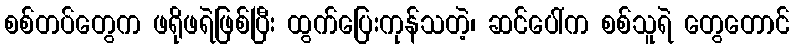
စစ်တပ်တွေက ဖရိုဖရဲဖြစ်ပြီး ထွက်ပြေးကုန်သတဲ့၊ ဆင်ပေါ်က စစ်သူရဲ တွေတောင်